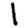
Digit: 1